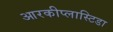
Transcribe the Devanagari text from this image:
आरकीप्लास्टिडा